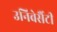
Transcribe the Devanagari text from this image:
उनिवेर्सैटी